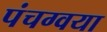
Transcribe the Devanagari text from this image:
पंचग्वया